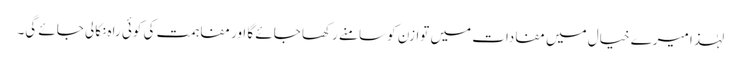
لہٰذا میرے خیال میں مفادات میں توازن کو سامنے رکھا جائے گا اور مفاہمت کی کوئی راہ نکالی جائے گی۔